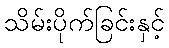
သိမ်းပိုက်ခြင်းနှင့်